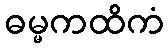
ဓမ္မကထိကံ